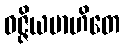
ဝဇ္ဇိယမာဟိတေ